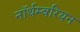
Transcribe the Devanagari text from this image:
नॉर्थम्बरियन